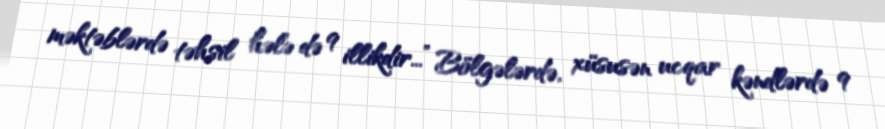
məktəblərdə təhsil hələ də 9 illikdir...” Bölgələrdə, xüsusən ucqar kəndlərdə 9